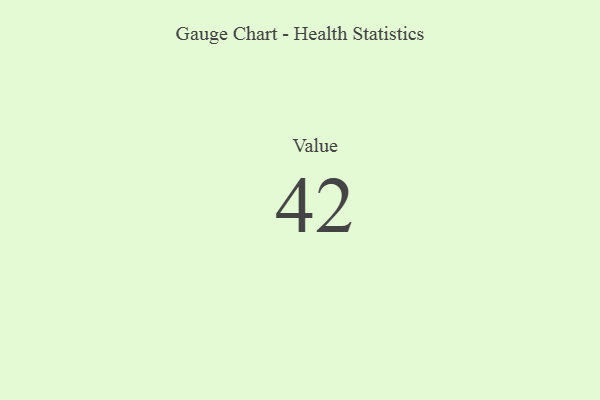
{"axis": {"x": "Metric", "y": "Value"}, "legend": [""], "data": [{"x": "Value", "y": 42, "type": ""}]}